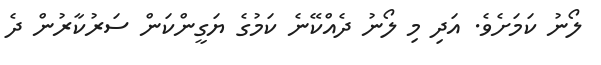
ލޯނު ކަމަށެވެ. އަދި މި ލޯނު ދެއްކޭނެ ކަމުގެ ޔަގީންކަން ސަރުކާރުން ދެ